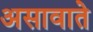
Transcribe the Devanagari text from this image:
असावाते